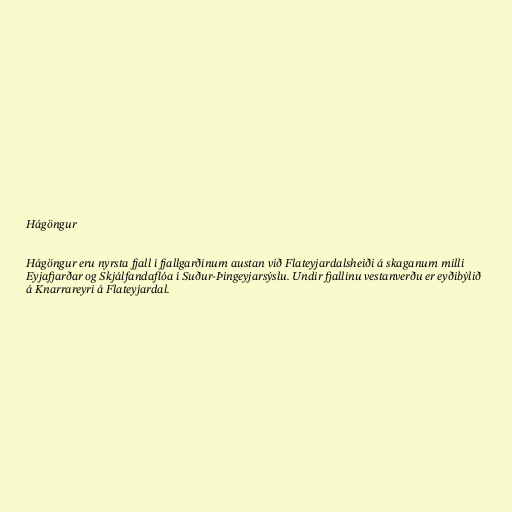
Hágöngur

Hágöngur eru nyrsta fjall í fjallgarðinum austan við Flateyjardalsheiði á skaganum milli
Eyjafjarðar og Skjálfandaflóa í Suður-Þingeyjarsýslu. Undir fjallinu vestanverðu er eyðibýlið
á Knarrareyri á Flateyjardal.